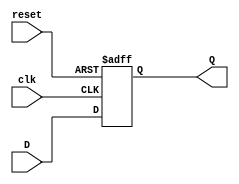

module FlipFlop(reset,clk,D,Q);

input reset,clk,D;
output reg Q;

always @ (posedge clk or posedge reset) begin
  if(reset) begin
    Q <= 0;
  end
  else begin
    Q <= D;
  end
end


endmodule